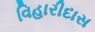
વિહારીદાસ